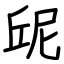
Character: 屔